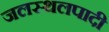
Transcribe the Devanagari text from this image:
जलस्थलपादी